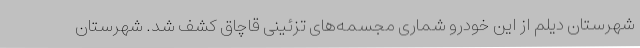
شهرستان دیلم از این خودرو شماری مجسمه‌های تزئینی قاچاق کشف شد. شهرستان